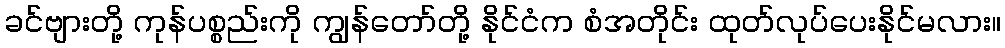
ခင်ဗျားတို့ ကုန်ပစ္စည်းကို ကျွန်တော်တို့ နိုင်ငံက စံအတိုင်း ထုတ်လုပ်ပေးနိုင်မလား။